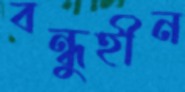
বন্ধুহীন